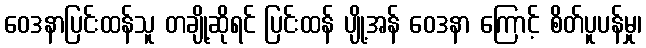
ဝေဒနာပြင်းထန်သူ တချို့ဆိုရင် ပြင်းထန် ပျို့အန် ဝေဒနာ ကြောင့် စိတ်ပူပန်မှု၊